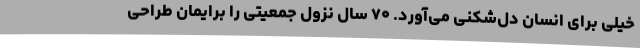
خیلی برای انسان دل‌شکنی می‌آورد. ۷۰ سال نزول جمعیتی را برایمان طراحی